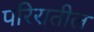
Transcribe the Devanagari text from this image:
परिरातील